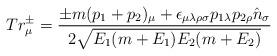
LaTeX: \begin{align*}Tr^{\pm}_\mu = {{\pm m(p_1+p_2)_\mu + \epsilon_{\mu\lambda\rho\sigma}p_{1\lambda} p_{2\rho}{\hat n}_\sigma} \over {2 \sqrt {E_1(m+E_1)E_2(m+E_2)}}}\end{align*}